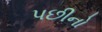
પછીનો